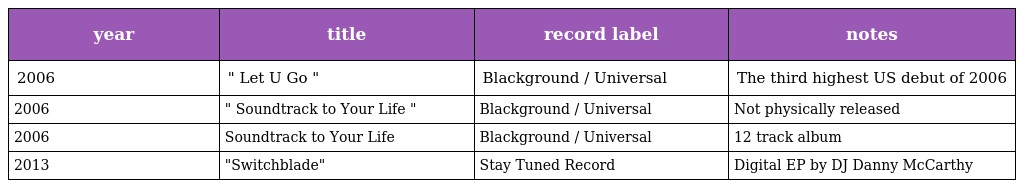
| year | title | record label | notes |
 | --- | --- | --- | --- |
 | 2006 | " Let U Go " | Blackground / Universal | The third highest US debut of 2006 |
 | 2006 | " Soundtrack to Your Life " | Blackground / Universal | Not physically released |
 | 2006 | Soundtrack to Your Life | Blackground / Universal | 12 track album |
 | 2013 | "Switchblade" | Stay Tuned Record | Digital EP by DJ Danny McCarthy |